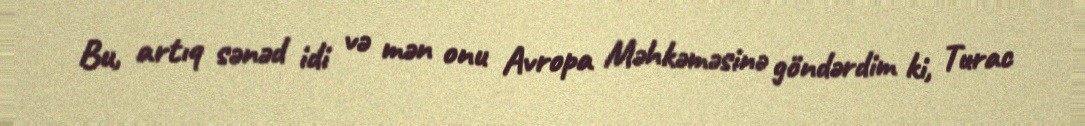
Bu, artıq sənəd idi və mən onu Avropa Məhkəməsinə göndərdim ki, Turac